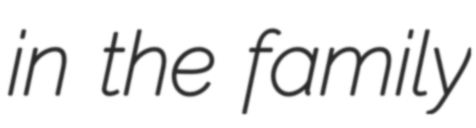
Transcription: in the family